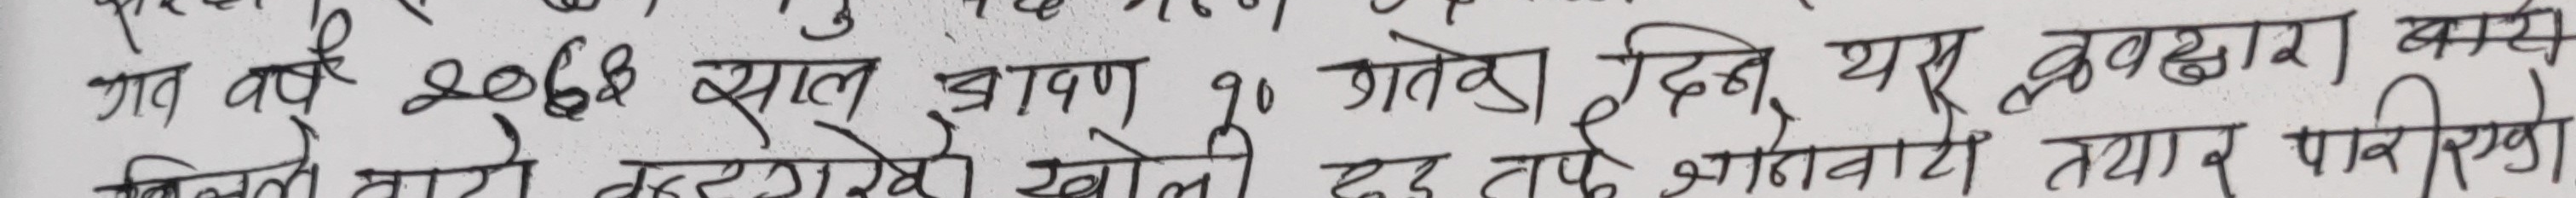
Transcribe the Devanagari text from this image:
गत वर्ष २०७३ साल प्रावण १० गतेका दिन यस प्रवद्वारा कार्य